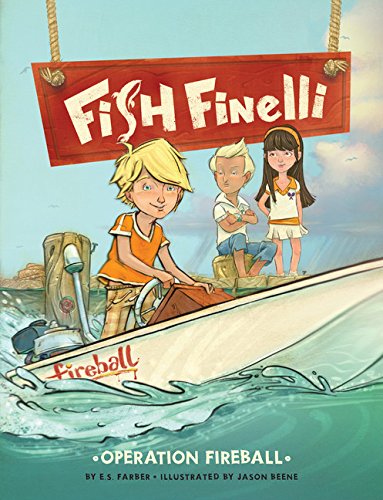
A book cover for Fish Finelli (Book 2): Operation Fireball; E.S. Farber; Children's Books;